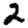
Digit: 2